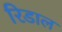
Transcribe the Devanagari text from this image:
रिडाल